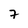
Character: 7